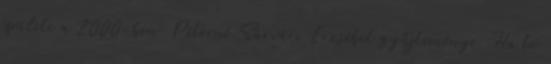
épülete a 2000-ben. Péterné Sárvári Erzsébet gyűjteménye. Ha te